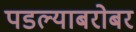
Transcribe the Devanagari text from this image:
पडल्याबरोबर